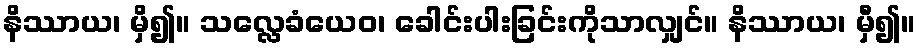
နိဿာယ၊ မှိ၍။ သလ္လေခံယေဝ၊ ခေါင်းပါးခြင်းကိုသာလျှင်။ နိဿာယ၊ မှီ၍။